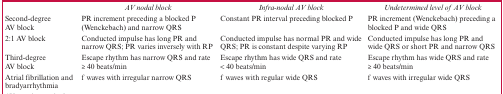
<table><thead><tr><td></td><td><b><i>AV nodal block</i></b></td><td><b><i>Infra-nodal AV block</i></b></td><td><b><i>Undetermined level of AV block</i></b></td></tr></thead><tbody><tr><td>Second-degree AV block</td><td>PR increment preceding a blocked P (Wenckebach) and narrow QRS</td><td>Constant PR interval preceding blocked P</td><td>PR increment (Wenckebach) preceding a blocked P and wide QRS</td></tr><tr><td>2:1 AV block</td><td>Conducted impulse has long PR and narrow QRS; PR varies inversely with RP</td><td>Conducted impulse has normal PR and wide QRS; PR is constant despite varying RP</td><td>Conducted impulse has long PR and wide QRS or short PR and narrow QRS</td></tr><tr><td>Third-degree AV block</td><td>Escape rhythm has narrow QRS and rate ≥ 40 beats/min</td><td>Escape rhythm has wide QRS and rate &lt; 40 beats/min</td><td>Escape rhythm has wide QRS and rate ≥ 40 beats/min</td></tr><tr><td>Atrial fibrillation and bradyarrhythmia</td><td>f waves with irregular narrow QRS</td><td>f waves with regular wide QRS</td><td>f waves with irregular wide QRS</td></tr></tbody></table>